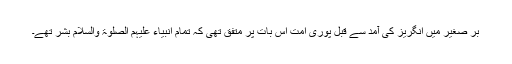
بر صغیر میں انگریز کی آمد سے قبل پوری امت اس بات پر متفق تھی کہ تمام انبیاء علیہم الصلوۃ والسلام بشر تھے۔